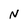
Character: N